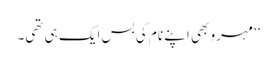
‘‘ مہرو بھی اپنے نام کی بس ایک ہی تھی۔